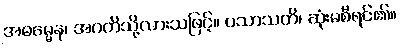
အဓမ္မေန၊ အဂတိသို့လားသဖြင့်။ ပသာသတိ၊ ဆုံးမစီရင်၏။